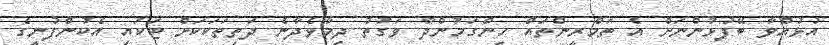
އުޅުއްވާ ބޭފުޅުންނަށް އެ ތަމްރީންތައް ހިންގަމުންދާ ވަގުތު ދިމާވެދާނެ ދަތިތަކަކަށް ޓަކައި އެކުންފުނީގެ